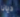
ديانا